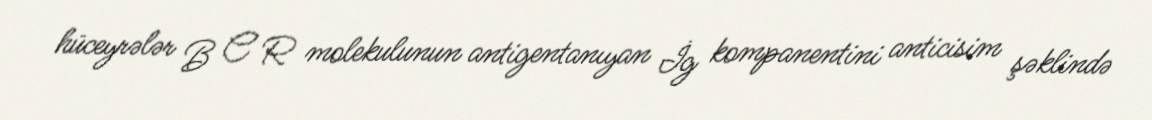
hüceyrələr B C R molekulunun antigentanıyan İg kompanentini anticisim şəklində